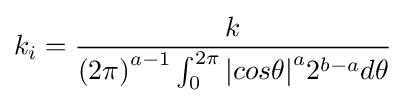
k_{i}={\frac {k}{{(2\pi )}^{a-1}\int _{0}^{2\pi }{\left|cos\theta \right|}^{a}2^{b-a}d\theta }}